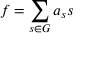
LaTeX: f = \sum _ { s \in G } a _ { s } s